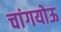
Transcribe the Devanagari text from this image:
चांगयोऊ